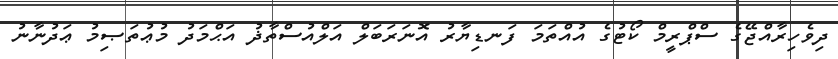
ދިވެހިރާއްޖޭގެ ސްޕްރީމް ކޯޓުގެ އުއްތަމަ ފަނޑިޔާރު އޮނަރަބަލް އަލްއުސްތާޛު އަޙްމަދު މުޢުތަޞިމު ޢަދުނާނު